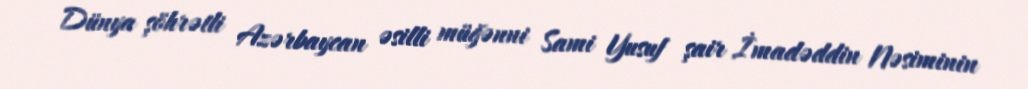
Dünya şöhrətli Azərbaycan əsilli müğənni Sami Yusuf şair İmadəddin Nəsiminin